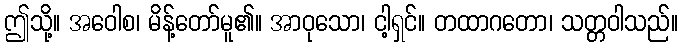
ဤသို့။ အဝေါစ၊ မိန့်တော်မူ၏။ အာဝုသော၊ ငါ့ရှင်။ တထာဂတော၊ သတ္တဝါသည်။